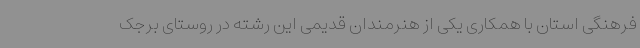
فرهنگی استان با همکاری یکی از هنرمندان قدیمی این رشته در روستای برجک